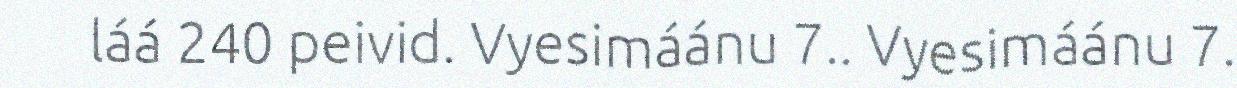
láá 240 peivid. Vyesimáánu 7.. Vyesimáánu 7.